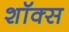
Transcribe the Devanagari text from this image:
शॉक्स